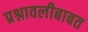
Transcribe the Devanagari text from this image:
प्रश्नावलीबाबत